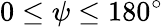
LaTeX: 0\le\psi\le 180^{\circ}